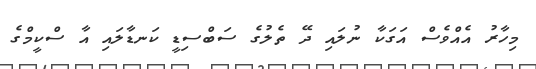
މިހާރު އެއްވެސް އަގަކާ ނުލައި ދޭ ތެލުގެ ސަބްސިޑީ ކަނޑާލައި އާ ސްކީމްގެ